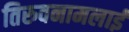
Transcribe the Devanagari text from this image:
तिरुवनामलाई